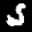
Label: 5